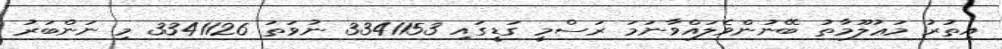
އިތުރު މަޢުލޫމާތު ބޭނުންވެލައްވާނަމަ ރަސްމީ ގަޑީގައި 3341153 ނުވަތަ 3341126 މި ނަންބަރު